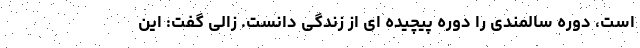
است، دوره سالمندی را دوره پیچیده ای از زندگی دانست. زالی گفت: این